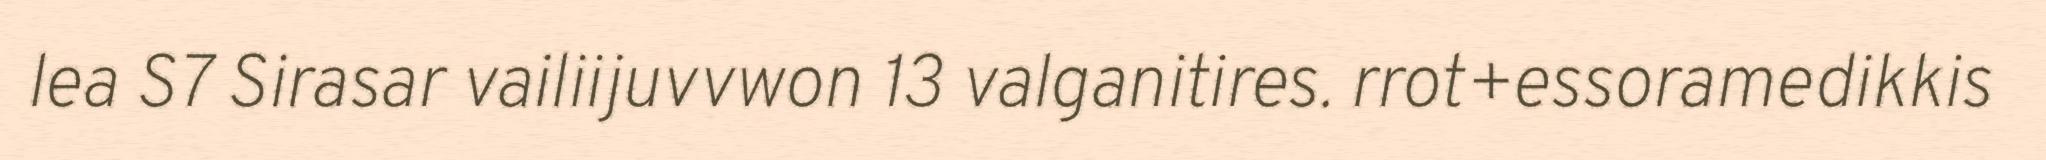
lea S7 Sirasar vailiijuvvwon 13 valganitires. rrot+essoramedikkis